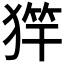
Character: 𱮌